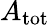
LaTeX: A_{\mathrm{tot}}